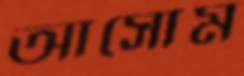
আসোম